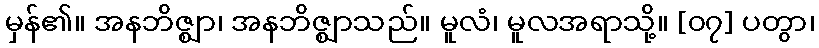
မှန်၏။ အနဘိဇ္ဈာ၊ အနဘိဇ္ဈာသည်။ မူလံ၊ မူလအရာသို့။ [၀၇] ပတွာ၊